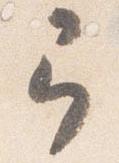
弓